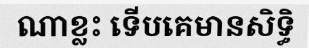
ណាខ្លះ ទើបគេមានសិទ្ធិ